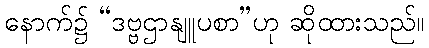
နောက်၌ “ဒဗ္ဗဌာနျူပစာ”ဟု ဆိုထားသည်။